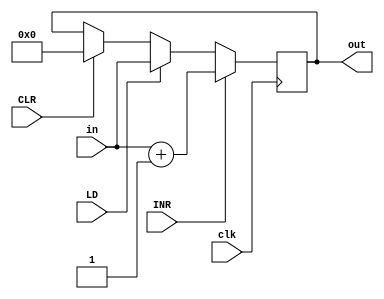
module AR_Reg(
    input INR,LD,clk,CLR
    ,input[3:0] in
    ,output reg [3:0] out
) ;
    always @(posedge clk ) begin
        if(CLR) out<=4'b0;
         if(LD)  out <=in;
         if(INR)  out<=in+1;
    end


endmodule